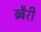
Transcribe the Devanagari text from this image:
ब्र्बैरी